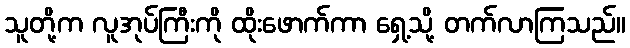
သူတို့က လူအုပ်ကြီးကို ထိုးဖောက်ကာ ရှေ့သို့ တက်လာကြသည်။